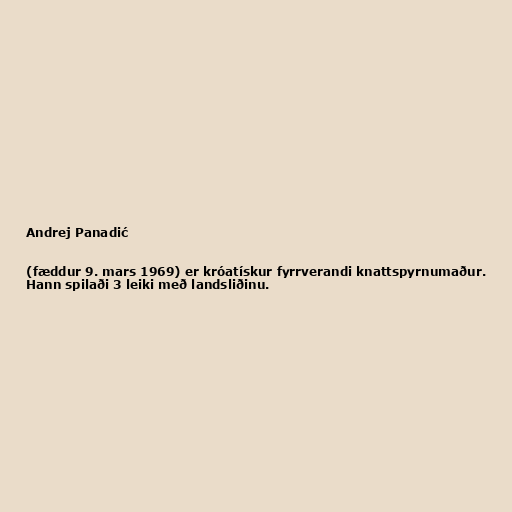
Andrej Panadić

(fæddur 9. mars 1969) er króatískur fyrrverandi knattspyrnumaður.
Hann spilaði 3 leiki með landsliðinu.